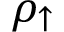
\rho _ { \uparrow }